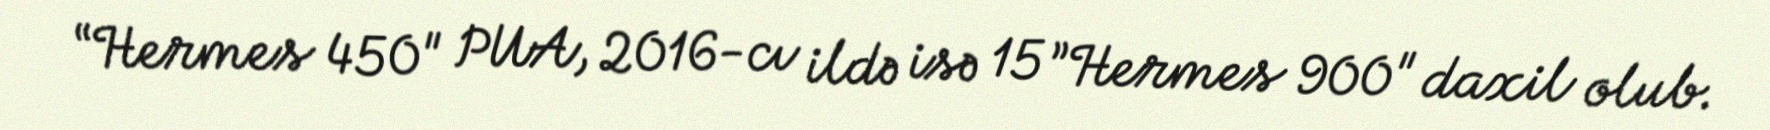
“Hermes 450" PUA, 2016-cı ildə isə 15 ”Hermes 900" daxil olub.